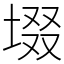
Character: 㙍